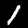
Digit: 1